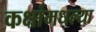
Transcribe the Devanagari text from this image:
कक्षांमधल्या